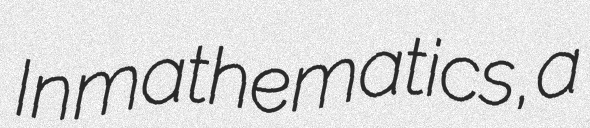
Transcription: In mathematics, a